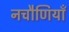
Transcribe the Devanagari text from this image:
नचौणियाँ